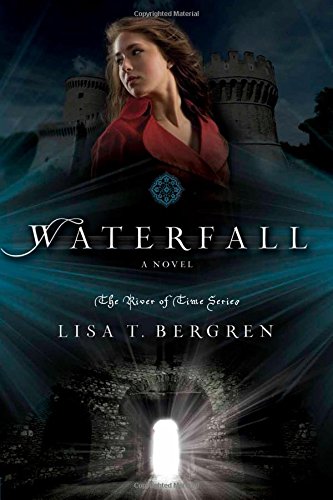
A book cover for Waterfall: A Novel (River of Time Series); Lisa T. Bergren; Teen & Young Adult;